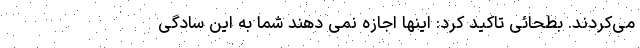
می‌کردند. بطحائی تاکید کرد: اینها اجازه نمی دهند شما به این سادگی